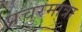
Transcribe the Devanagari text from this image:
प्रचुरमात्रा